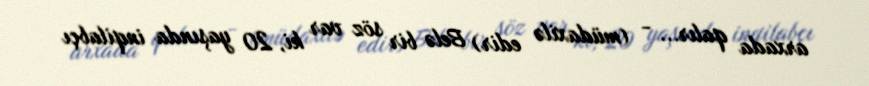
arxada qalır... - (müdaxilə edir) Belə bir söz var ki, 20 yaşında inqilabçı